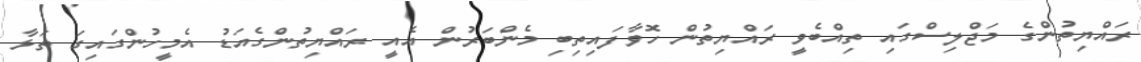
ރައްޔިތުންގެ މަޖްލިސްގައި ތިއްބެވީ ރައްޔިތުން ހޮވާފައިތިބި މެންބަރުން އެއީ ރައްޔިތުންގެއަޑު އެމީހުންގައިގަ ތަޅާ